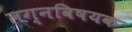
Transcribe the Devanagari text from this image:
लग्नविषयक